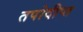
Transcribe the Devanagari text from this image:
तपोदीप्त